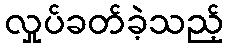
လှုပ်ခတ်ခဲ့သည့်